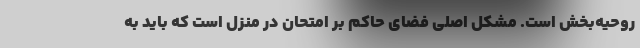
روحیه‌بخش است. مشکل اصلی فضای حاکم بر امتحان در منزل است که باید به